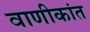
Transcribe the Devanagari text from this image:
वाणीकांत